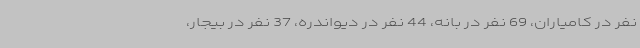
نفر در کامیاران، 69 نفر در بانه، 44 نفر در دیواندره، 37 نفر در بیجار،